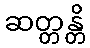
ဆတ္တန္တိ